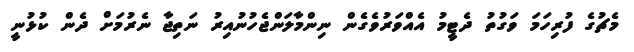
މެޗުގެ ފުރިހަމަ ވަގުތު ދެޓީމު އެއްވަރުވެގެން ނިންމާލަންޖެހުނުއިރު ނަތިޖާ ނެރުމަށް ދެން ކުޅުނީ